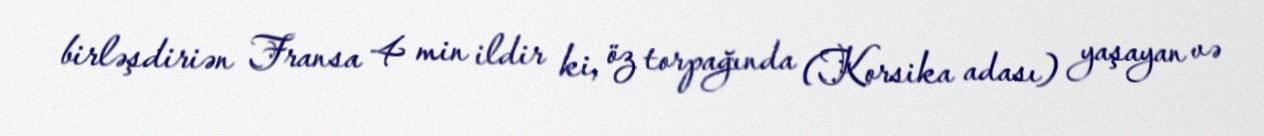
birləşdiriən Fransa 4 min ildir ki, öz torpağında (Korsika adası) yaşayan və